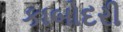
કાબોદરી